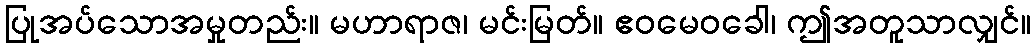
ပြုအပ်သောအမှုတည်း။ မဟာရာဇ၊ မင်းမြတ်။ ဧဝမေဝခေါ၊ ဤအတူသာလျှင်။